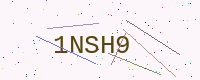
Text: 1NSH9